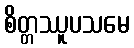
စိတ္တဿူပသမေ